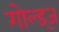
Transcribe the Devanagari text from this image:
गोल्ड्ज़